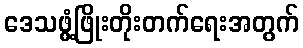
ဒေသဖွံ့ဖြိုးတိုးတက်ရေးအတွက်